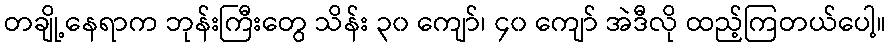
တချို့နေရာက ဘုန်းကြီးတွေ သိန်း ၃၀ ကျော်၊ ၄၀ ကျော် အဲဒီလို ထည့်ကြတယ်ပေါ့။